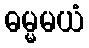
ဓမ္မမယံ